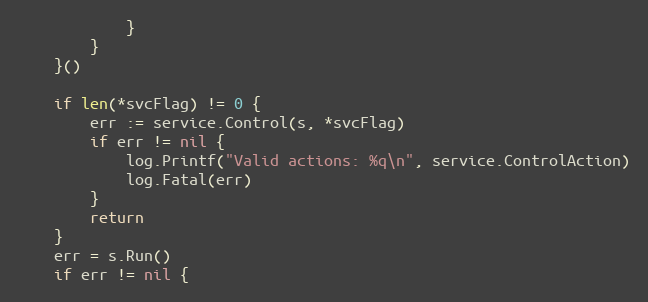
Language: Go
			}
		}
	}()

	if len(*svcFlag) != 0 {
		err := service.Control(s, *svcFlag)
		if err != nil {
			log.Printf("Valid actions: %q\n", service.ControlAction)
			log.Fatal(err)
		}
		return
	}
	err = s.Run()
	if err != nil {